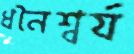
ধনৈশ্বর্য